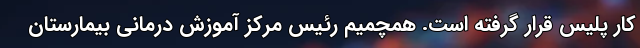
کار پلیس قرار گرفته است. همچمیم رئیس مرکز آموزش درمانی بیمارستان